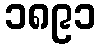
၁၈၉၁